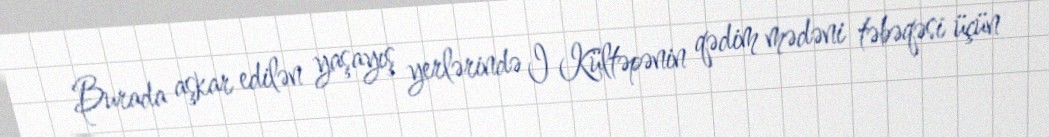
Burada aşkar edilən yaşayış yerlərində I Kültəpənin qədim mədəni təbəqəsi üçün